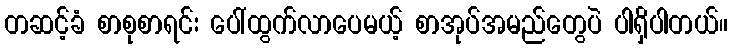
တဆင့်ခံ စာစုစာရင်း ပေါ်ထွက်လာပေမယ့် စာအုပ်အမည်တွေပဲ ပါရှိပါတယ်။